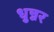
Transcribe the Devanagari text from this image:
धुन्नर